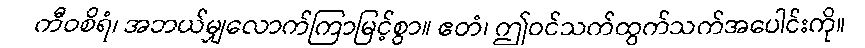
ကီဝစိရံ၊ အဘယ်မျှလောက်ကြာမြင့်စွာ။ ဧတံ၊ ဤဝင်သက်ထွက်သက်အပေါင်းကို။